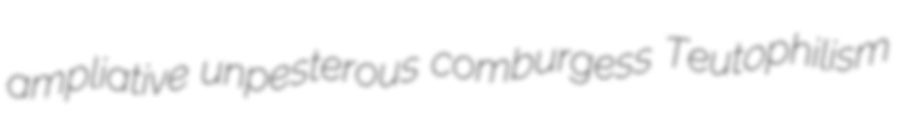
ampliative unpesterous comburgess Teutophilism